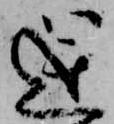
逆